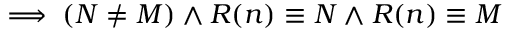
\implies ( N \neq M ) \land R ( n ) \equiv N \land R ( n ) \equiv M